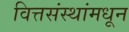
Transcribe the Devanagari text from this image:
वित्तसंस्थांमधून